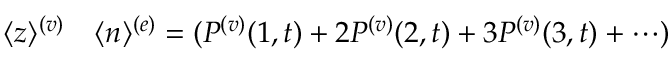
\begin{array} { r l } { \langle z \rangle ^ { ( v ) } } & { { } \langle n \rangle ^ { ( e ) } = ( P ^ { ( v ) } ( 1 , t ) + 2 P ^ { ( v ) } ( 2 , t ) + 3 P ^ { ( v ) } ( 3 , t ) + \cdots ) } \end{array}